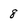
Character: 8